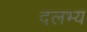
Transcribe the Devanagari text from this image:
दलभ्य